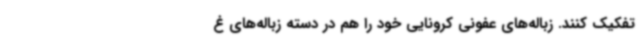
تفکیک کنند. زباله‌های عفونی کرونایی خود را هم در دسته زباله‌های غ